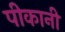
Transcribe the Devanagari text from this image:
पीकानी